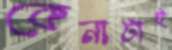
কেনাটাই